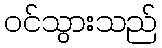
ဝင်သွားသည်